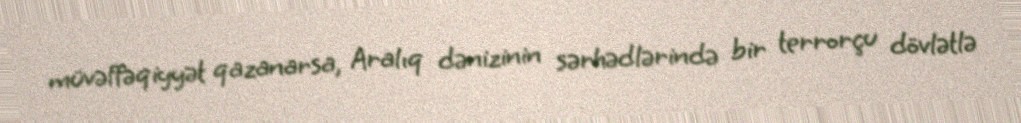
müvəffəqiyyət qazanarsa, Aralıq dənizinin sərhədlərində bir terrorçu dövlətlə